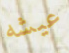
عيشه